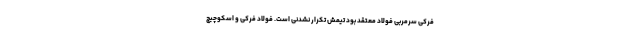
فرکی سرمربی فولاد معتقد بود تیمش تکرار نشدنی است. فولاد فرکی و اسکوچیچ